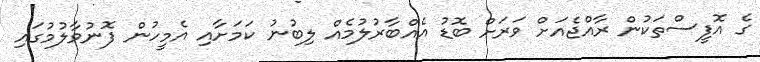
ގެ އޮފީސްތަކުން ރާއްޖެއަށް ވަރަށް ބޮޑު އެއްބާރުލުމެއް ލިބުނު ކަމަށާއި އެމީހުން ފޮނުވާލުމުގައި